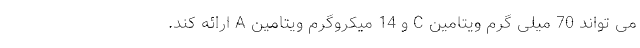
می تواند 70 میلی گرم ویتامین C و 14 میکروگرم ویتامین A ارائه کند.